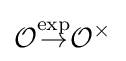
{\mathcal {O}}{\stackrel {\exp }{\to }}{\mathcal {O}}^{\times }